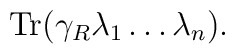
{\rm Tr}(\gamma_R \lambda_1 \ldots \lambda_n) .